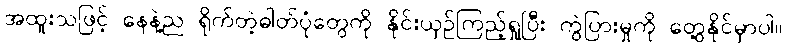
အထူးသဖြင့် နေနဲ့ည ရိုက်တဲ့ဓါတ်ပုံတွေကို နိုင်းယှဉ်ကြည့်ရှုပြီး ကွဲပြားမှုကို တွေ့နိုင်မှာပါ။